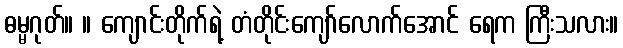
ဓမ္မဂုတ်။ ။ ကျောင်းတိုက်ရဲ့ တံတိုင်းကျော်လောက်အောင် ရေက ကြီးသလား။